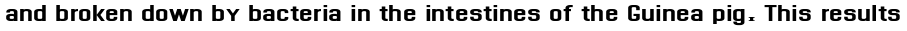
and broken down by bacteria in the intestines of the Guinea pig. This results